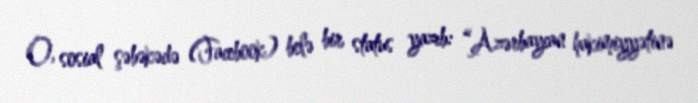
O, sosial şəbəkədə (Facebook) belə bir status yazıb: “Azərbaycan hakimiyyətinə